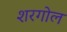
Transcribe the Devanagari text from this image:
शरगोल